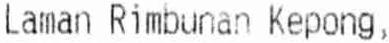
LAMAN RIMBUNAN KEPONG,